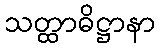
သတ္ထာဓိဋ္ဌာနာ